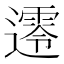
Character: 𨗺